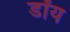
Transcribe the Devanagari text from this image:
डॉय